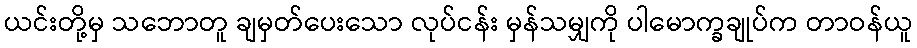
ယင်းတို့မှ သဘောတူ ချမှတ်ပေးသော လုပ်ငန်း မှန်သမျှကို ပါမောက္ခချုပ်က တာဝန်ယူ